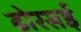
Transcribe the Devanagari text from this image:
ढोरसई